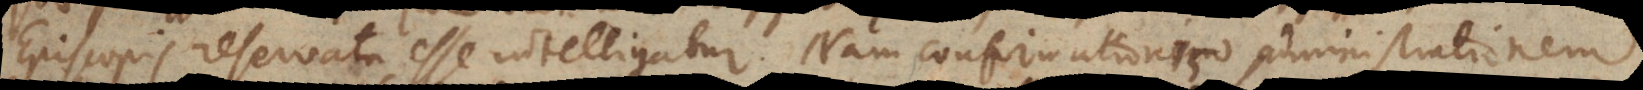
Episcopis reservata esse intelligatur. Nam confirmationis administrationem